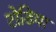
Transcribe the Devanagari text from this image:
टोडिया